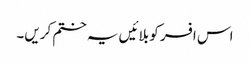
اس افسر کو بلائیں یہ ختم کریں۔